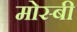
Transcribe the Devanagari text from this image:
मोस्बी